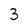
Character: 3